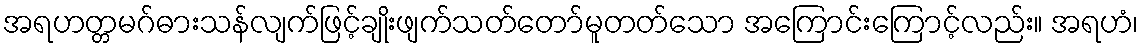
အရဟတ္တမဂ်ဓားသန်လျက်ဖြင့်ချိုးဖျက်သတ်တော်မူတတ်သော အကြောင်းကြောင့်လည်း။ အရဟံ၊